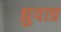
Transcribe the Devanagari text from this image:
ध्रुवाग्र